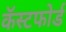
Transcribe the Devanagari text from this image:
कॅस्टफोर्ड